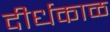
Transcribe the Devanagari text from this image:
दीर्धकाळ